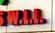
w.i.i